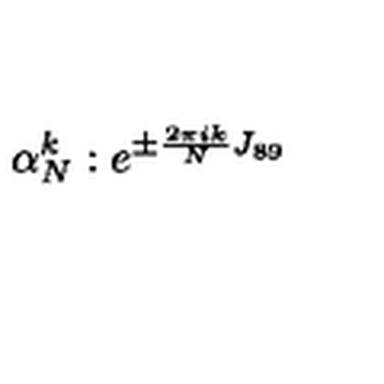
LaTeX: \alpha _ { N } ^ { k } : e ^ { \pm { \frac { 2 \pi i k } { N } } J _ { 8 9 } }